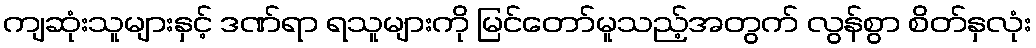
ကျဆုံးသူများနှင့် ဒဏ်ရာ ရသူများကို မြင်တော်မူသည့်အတွက် လွန်စွာ စိတ်နှလုံး